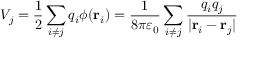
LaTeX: V _ { j } = { \frac { 1 } { 2 } } \sum _ { i \neq j } q _ { i } \phi ( \mathbf { r } _ { i } ) = { \frac { 1 } { 8 \pi \varepsilon _ { 0 } } } \sum _ { i \neq j } { \frac { q _ { i } q _ { j } } { | \mathbf { r } _ { i } - \mathbf { r } _ { j } | } }